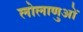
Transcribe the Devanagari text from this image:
लोलाणुओं